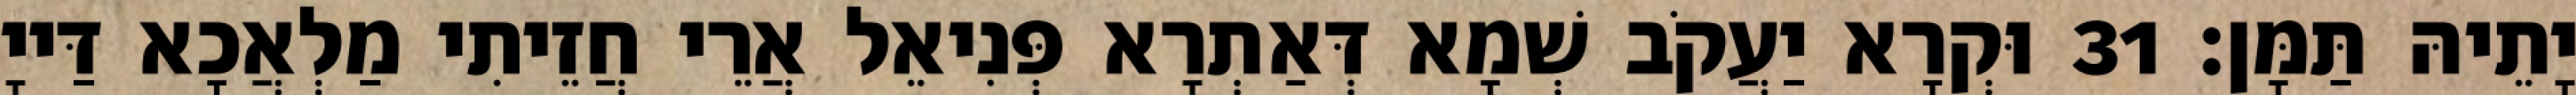
יָתֵיהּ תַּמָּן׃ 31 וּקְרָא יַעֲקֹב שְׁמָא דְּאַתְרָא פְּנִיאֵל אֲרֵי חֲזֵיתִי מַלְאֲכָא דַּייָ